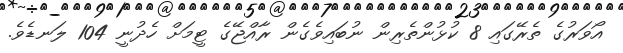
އޯވަރުގެ ތެރޭގައި 8 ކުޅުންތެރިން ނުބައިވެގެން ރާއްޖޭގެ ޓީމަށް ހެދުނީ 104 ލަނޑެވެ.